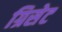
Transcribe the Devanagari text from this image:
ग्रिसेट